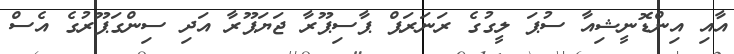
އާއި އިންޑޮނީޝިއާ ސުޕަ ލީގުގެ ރަނަރަޕް ޕާސިޕޫރާ ޖަޔަޕޫރާ އަދި ސިންގަޕޫރުގެ އެސް